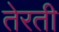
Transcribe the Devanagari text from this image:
तेरती